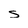
Character: s